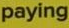
paying